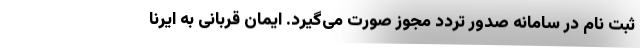
ثبت نام در سامانه صدور تردد مجوز صورت می‌گیرد. ایمان قربانی به ایرنا